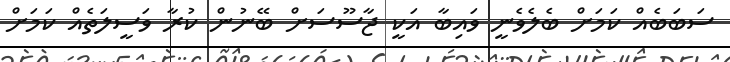
ސަބަބެއް ކަމަށް ބެލެވެނީ ވައިބާ އަކީ ޖާސޫސަށް ބޭނުން ކުރާ ވަސީލަތެއް ކަމަށް